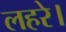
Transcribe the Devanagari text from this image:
लहरे।